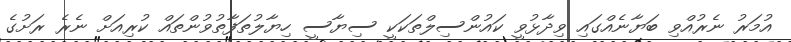
އުމަރު ނެރުއްވި ބަޔާނެއްގައި ވިދާޅުވީ ކައުންސިލްތަކަކީ ސިޔާސީ ހިޔާލުތަފާތުވުންތައް ކުރިއަށް ނެރެ ރަށުގެ